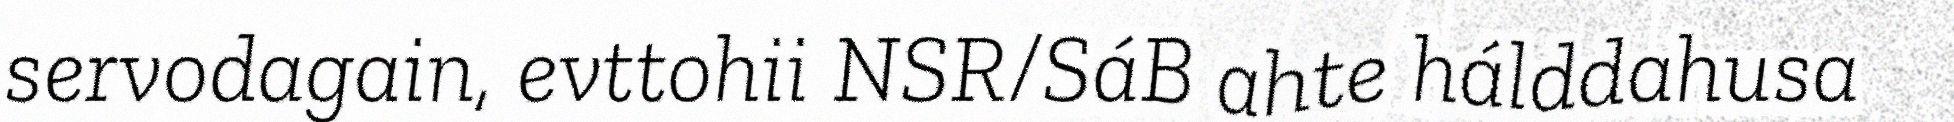
servodagain, evttohii NSR/SáB ahte hálddahusa